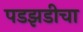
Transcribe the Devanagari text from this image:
पडझडीचा